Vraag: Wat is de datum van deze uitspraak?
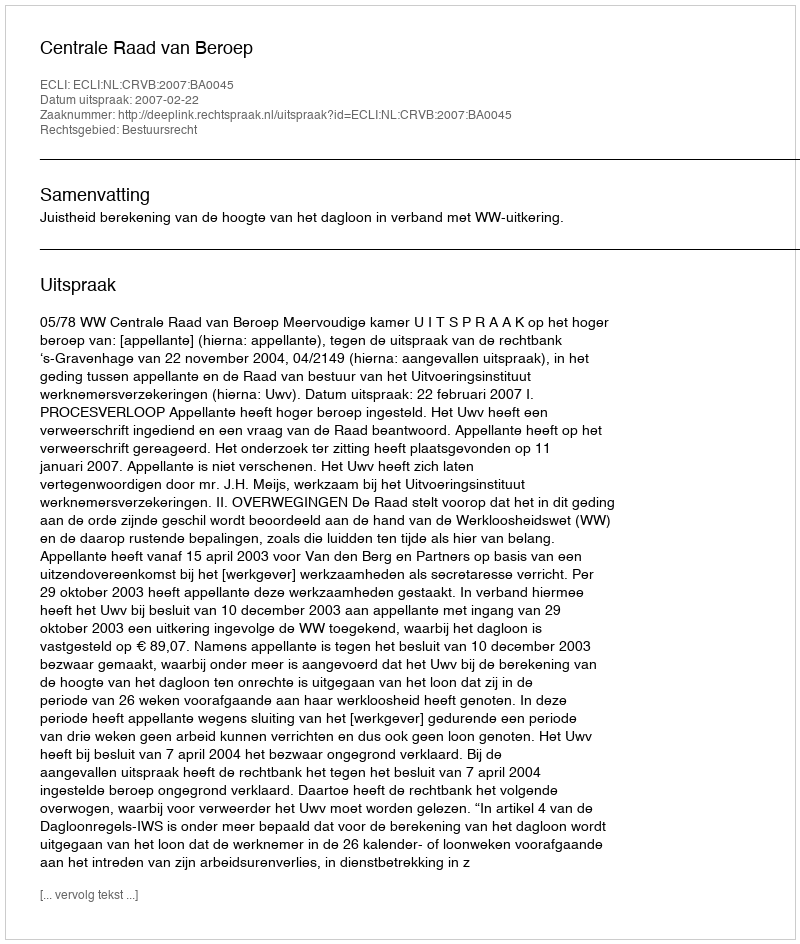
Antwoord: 2007-02-22